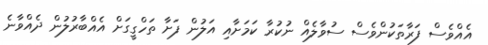
އެއްވެސް ފަރާތަކުންވެސް ސުވާލެއް ނުކުރާ ކަމަށާއި އަލުން ފަށާ ތަހްގީގަށް އެއްބާރުލުން ދެއްވާނެ